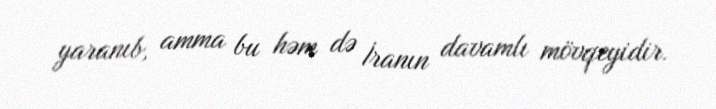
yaranıb, amma bu həm də İranın davamlı mövqeyidir.